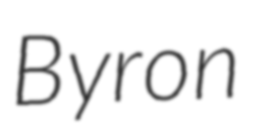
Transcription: Byron